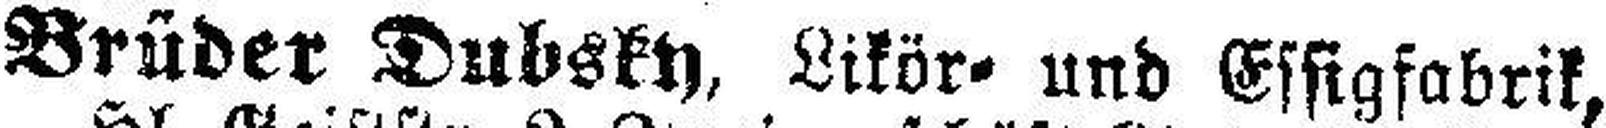
Brüder Dubsky, Likör= und Essigfabrik,